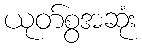
ယုတ်စွအဆုံး